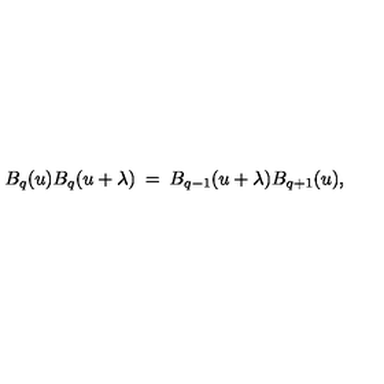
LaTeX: B _ { q } ( u ) B _ { q } ( u + \lambda ) \: = \: B _ { q - 1 } ( u + \lambda ) B _ { q + 1 } ( u ) ,